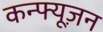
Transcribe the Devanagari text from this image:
कन्फ्यूज़न